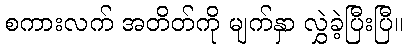
စကားလက် အတိတ်ကို မျက်နှာ လွှဲခဲ့ပြီးပြီ။